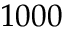
1 0 0 0